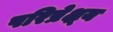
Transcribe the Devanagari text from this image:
परिप्रेक्ष्‍य